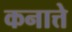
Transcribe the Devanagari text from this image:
कनात्ते